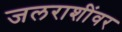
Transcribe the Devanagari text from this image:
जलराशींवर